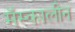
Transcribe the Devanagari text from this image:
मॅस्कालीन